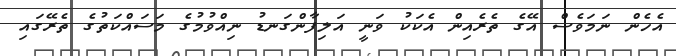
އެހެން ނަމަވެސް އޭގެ ތެރެއިން އެކަކު ވަނީ އަލިފާންގަނޑު ނިއްވުމުގެ މަސައްކަތުގެ ތެރޭގައި